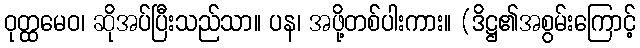
ဝုတ္ထမေဝ၊ ဆိုအပ်ပြီးသည်သာ။ ပန၊ အဖို့တစ်ပါးကား။ (ဒိဋ္ဌ၏အစွမ်းကြောင့်